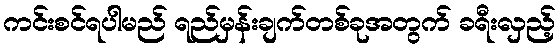
ကင်းစင်ရပါမည် ရည်မှန်းချက်တစ်ခုအတွက် ခရီးလှည့်